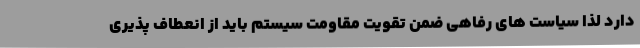
دارد لذا سیاست های رفاهی ضمن تقویت مقاومت سیستم باید از انعطاف پذیری